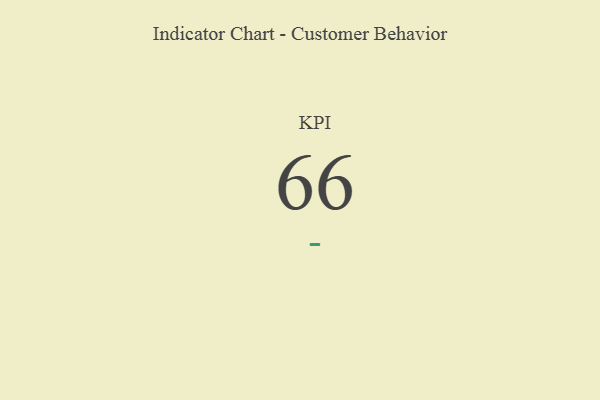
{"axis": {"x": "KPI", "y": "Value"}, "legend": [""], "data": [{"x": "KPI", "y": 66, "type": ""}]}